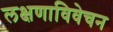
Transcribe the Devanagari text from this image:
लक्षणाविवेचन